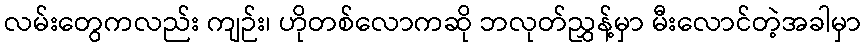
လမ်းတွေကလည်း ကျဉ်း၊ ဟိုတစ်လောကဆို ဘလုတ်ညွှန့်မှာ မီးလောင်တဲ့အခါမှာ